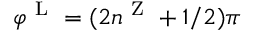
\varphi ^ { \mathrm { ~ L ~ } } = ( 2 n ^ { \mathrm { ~ Z ~ } } + 1 / 2 ) \pi